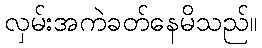
လှမ်းအကဲခတ်နေမိသည်။